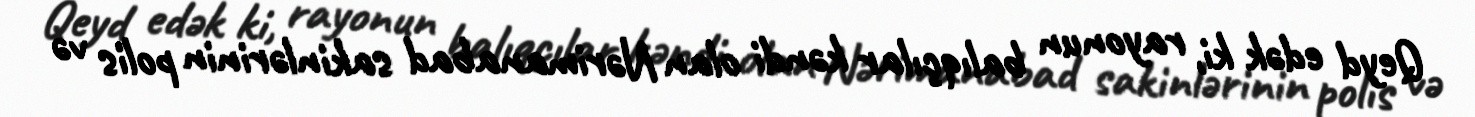
Qeyd edək ki, rayonun balıqçılar kəndi olan Nərimanabad sakinlərinin polis və